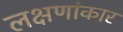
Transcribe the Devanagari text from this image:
लक्षणांकार